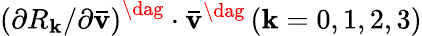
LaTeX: {{{\left({{\partial{R_{\mathbf{k}}}}/{{\partial{\mathbf{{\bar{{v}}}}}}}}\right)}^{\dag}}\cdot{{{\mathbf{{\bar{{v}}}}}}^{\dag}}}\left({\mathbf{k}=0,1,2,3}\right)